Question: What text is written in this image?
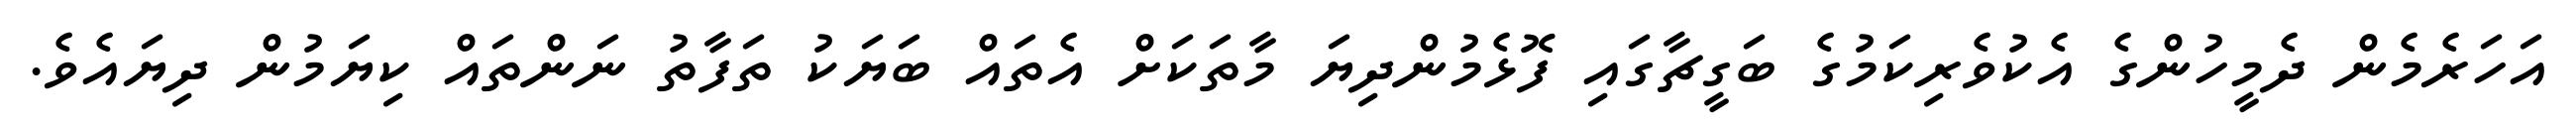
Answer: އަހަރެމެން ދެމީހުންގެ އެކުވެރިކަމުގެ ބަގީޗާގައި ފޮޅެމުންދިޔަ މާތަކަށް އެތައް ބަޔަކު ތަފާތު ނަންތައް ކިޔަމުން ދިޔައެވެ.